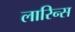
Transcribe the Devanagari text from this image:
लारिन्स